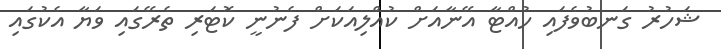
ޝަހުރު ގަނބުވެފައި ހުއްޓާ އޭނާއަށް ކުއްލިއަކަށް ފެނުނީ ކޮޓަރި ތެރޭގައި ވަޔާ އެކުގައި